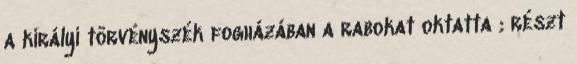
a királyi törvényszék fogházában a rabokat oktatta ; részt